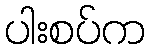
ပါးစပ်က